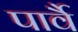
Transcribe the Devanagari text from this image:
पार्वै